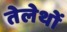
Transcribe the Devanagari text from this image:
तेलेथों